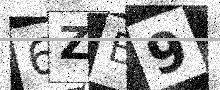
Text: 6ZB9